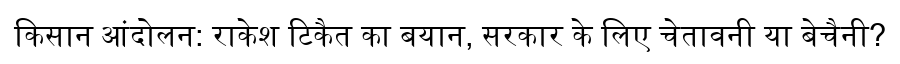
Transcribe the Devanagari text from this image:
किसान आंदोलन: राकेश टिकैत का बयान, सरकार के लिए चेतावनी या बेचैनी?